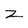
Character: z